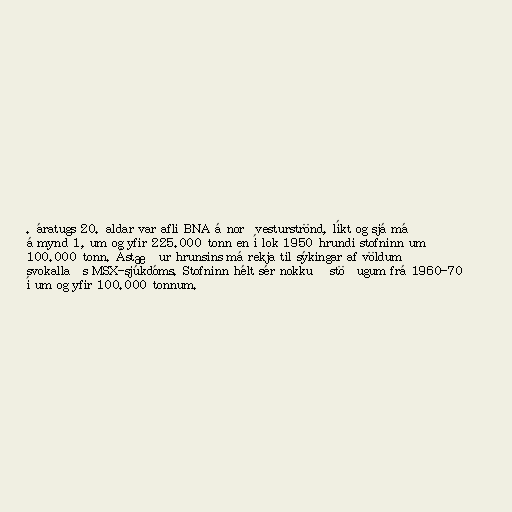
. áratugs 20. aldar var afli BNA á norðvesturströnd, líkt og sjá má
á mynd 1, um og yfir 225.000 tonn en í lok 1950 hrundi stofninn um
100.000 tonn. Ástæður hrunsins má rekja til sýkingar af völdum
svokallaðs MSX-sjúkdóms. Stofninn hélt sér nokkuð stöðugum frá 1960-70
í um og yfir 100.000 tonnum.